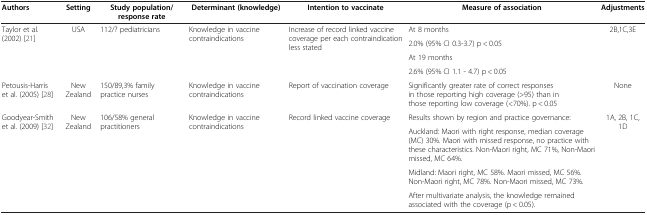
<table><thead><tr><td><b>Authors</b></td><td><b>Setting</b></td><td><b>Study population/response rate</b></td><td><b>Determinant (knowledge)</b></td><td><b>Intention to vaccinate</b></td><td><b>Measure of association</b></td><td><b>Adjustments</b></td></tr></thead><tbody><tr><td rowspan="4">Taylor et al. (2002) [21]</td><td rowspan="4">USA</td><td rowspan="4">112/? pediatricians</td><td rowspan="4">Knowledge in vaccine contraindications</td><td rowspan="4">Increase of record linked vaccine coverage per each contraindication less stated</td><td>At 8 months</td><td rowspan="4">2B,1C,3E</td></tr><tr><td>2.0% (95% CI 0.3-3.7) p &lt; 0.05</td></tr><tr><td>At 19 months</td></tr><tr><td>2.6% (95% CI 1.1 - 4.7) p &lt; 0.05</td></tr><tr><td>Petousis-Harris et al. (2005) [28]</td><td>New Zealand</td><td>150/89,3% family practice nurses</td><td>Knowledge in vaccine contraindications</td><td>Report of vaccination coverage</td><td>Significantly greater rate of correct responses in those reporting high coverage (&gt;95) than in those reporting low coverage (&lt;70%). p &lt; 0.05</td><td>None</td></tr><tr><td rowspan="3">Goodyear-Smith et al. (2009) [32]</td><td rowspan="3">New Zealand</td><td rowspan="3">106/58% general practitioners</td><td rowspan="3">Knowledge in vaccine contraindications</td><td rowspan="3">Record linked vaccine coverage</td><td>Results shown by region and practice governance:</td><td rowspan="3">1A, 2B, 1C, 1D</td></tr><tr><td>Auckland: Maori with right response, median coverage (MC) 30%. Maori with missed response, no practice with these characteristics. Non-Maori right, MC 71%, Non-Maori missed, MC 64%.</td></tr><tr><td>Midland: Maori right, MC 58%. Maori missed, MC 56%. Non-Maori right, MC 78%. Non-Maori missed, MC 73%.</td></tr><tr><td> </td><td> </td><td> </td><td> </td><td> </td><td>After multivariate analysis, the knowledge remained associated with the coverage (p &lt; 0.05).</td><td> </td></tr></tbody></table>